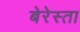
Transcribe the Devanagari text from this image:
बेरेस्ता